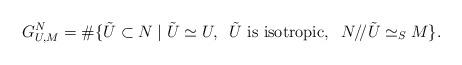
LaTeX: \begin{align*}G^N_{U,M}= \# \{ \tilde{U} \subset N \mid \tilde{U} \simeq U, \;\; \tilde{U} \mbox{ is isotropic}, \; \; N /\!/ \tilde{U} \simeq_S M \}.\end{align*}